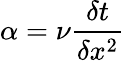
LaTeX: \alpha=\nu\frac{\delta t}{\delta x^{2}}